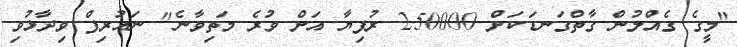
"މީގެ ގެއްލުން ގާތްގަނޑަަކަށް 250000 ރުފިޔާ އަށް ވުރެ މަތިވާނެ" ނައުރިފް ވިދާޅުވި